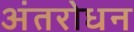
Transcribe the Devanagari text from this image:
अंतरोधन